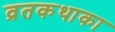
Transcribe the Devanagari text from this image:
व्रतकथाका